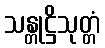
သန္တုဋ္ဌိသုတ္တံ